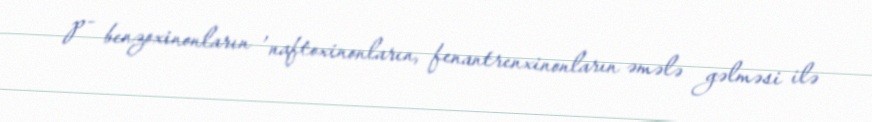
p- benzoxinonların , naftoxinonların, fenantrenxinonların əmələ gəlməsi ilə